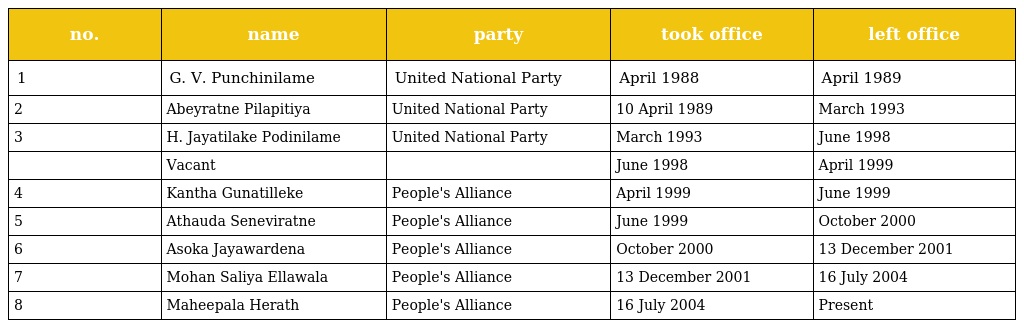
| no. | name | party | took office | left office |
 | --- | --- | --- | --- | --- |
 | 1 | G. V. Punchinilame | United National Party | April 1988 | April 1989 |
 | 2 | Abeyratne Pilapitiya | United National Party | 10 April 1989 | March 1993 |
 | 3 | H. Jayatilake Podinilame | United National Party | March 1993 | June 1998 |
 |  | Vacant |  | June 1998 | April 1999 |
 | 4 | Kantha Gunatilleke | People's Alliance | April 1999 | June 1999 |
 | 5 | Athauda Seneviratne | People's Alliance | June 1999 | October 2000 |
 | 6 | Asoka Jayawardena | People's Alliance | October 2000 | 13 December 2001 |
 | 7 | Mohan Saliya Ellawala | People's Alliance | 13 December 2001 | 16 July 2004 |
 | 8 | Maheepala Herath | People's Alliance | 16 July 2004 | Present |